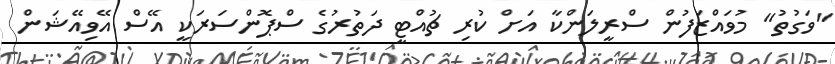
"ވަގުތު" މުވައްޒަފުން ސްރީލަންކާ އަށް ކުރި ޗުއްޓީ ދަތުރުގެ ސްޕޮންސަރަކީ އޭސް އޭވިއޭޝަން